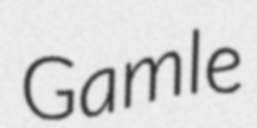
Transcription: Gamle